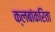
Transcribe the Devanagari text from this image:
क्लबांकरिता